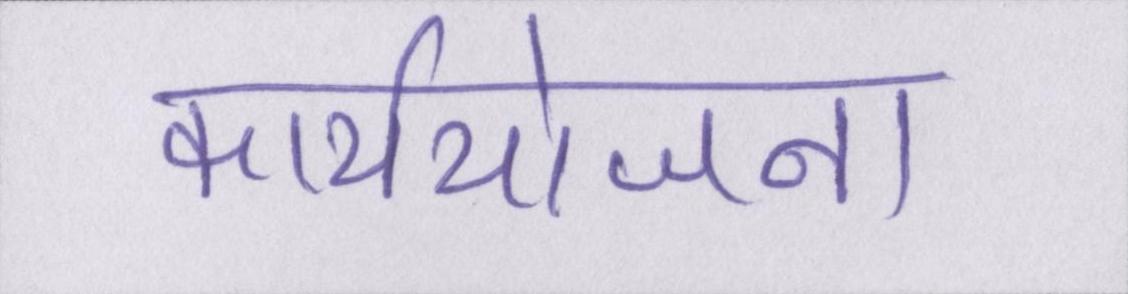
कार्ययोजना